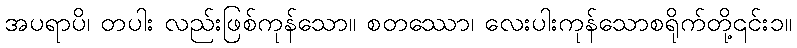
အပရာပိ၊ တပါး လည်းဖြစ်ကုန်သော။ စတဿော၊ လေးပါးကုန်သောစရိုက်တို့၎င်း၁။